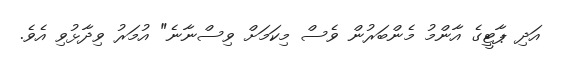
އަދި ޕާޓީގެ އާންމު މެންބަރުން ވެސް މިކަމަށް ވިސްނާނެ" އުމަރު ވިދާޅުވި އެވެ.